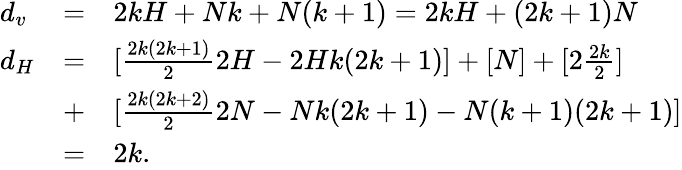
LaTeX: \begin{array}{lll}{{d_{v}}}&{{=}}&{{2kH+Nk+N(k+1)=2kH+(2k+1)N}}\\ {{d_{H}}}&{{=}}&{{[\frac{2k(2k+1)}{2}2H-2Hk(2k+1)]+[N]+[2\frac{2k}{2}]}}\\ {{}}&{{+}}&{{[\frac{2k(2k+2)}{2}2N-Nk(2k+1)-N(k+1)(2k+1)]}}\\ {{}}&{{=}}&{{2k.}}\end{array}